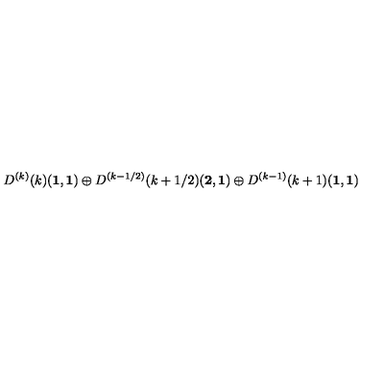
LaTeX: D ^ { ( k ) } ( k ) ( { \bf 1 } , { \bf 1 } ) \oplus D ^ { ( k - 1 / 2 ) } ( k + 1 / 2 ) ( { \bf 2 } , { \bf 1 } ) \oplus D ^ { ( k - 1 ) } ( k + 1 ) ( { \bf 1 } , { \bf 1 } )